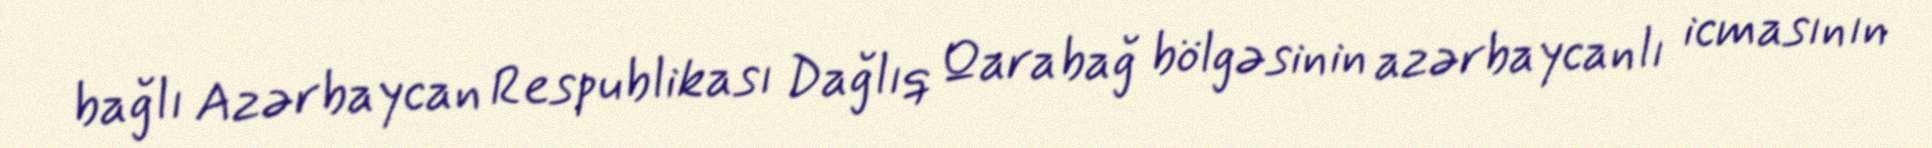
bağlı Azərbaycan Respublikası Dağlıq Qarabağ bölgəsinin azərbaycanlı icmasının